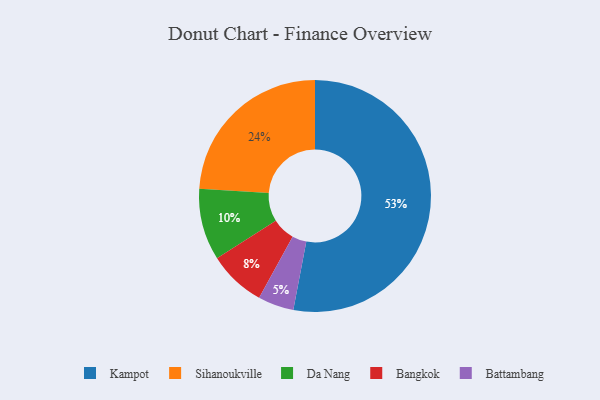
{"axis": {"x": "Category", "y": "Percentage"}, "legend": ["Bangkok", "Battambang", "Da Nang", "Kampot", "Sihanoukville"], "data": [{"x": "Kampot", "y": 53, "type": "Kampot"}, {"x": "Sihanoukville", "y": 24, "type": "Sihanoukville"}, {"x": "Bangkok", "y": 8, "type": "Bangkok"}, {"x": "Battambang", "y": 5, "type": "Battambang"}, {"x": "Da Nang", "y": 10, "type": "Da Nang"}]}